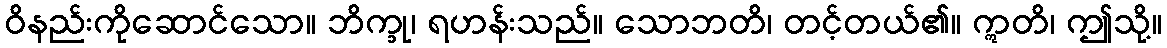
ဝိနည်းကိုဆောင်သော။ ဘိက္ခု၊ ရဟန်းသည်။ သောဘတိ၊ တင့်တယ်၏။ ဣတိ၊ ဤသို့။